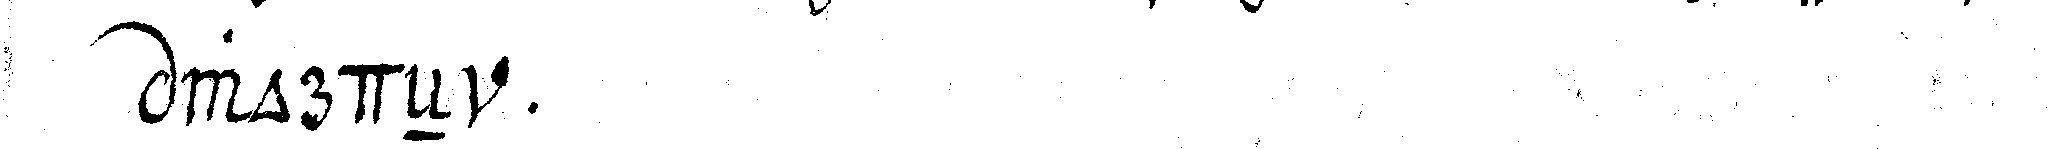
wordeN .